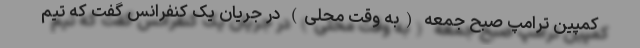
کمپین ترامپ صبح جمعه (به وقت محلی) در جریان یک کنفرانس گفت که تیم